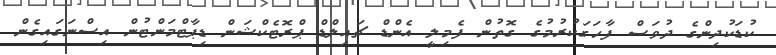
ކުޑަކުދިންގެ ދުވަސް ފާހަގަކުރުމުގެ ގޮތުން ފެމިލީ އެންޑް ޗައިލްޑް ޕްރޮޓެކްޝަން ޑިޕާޓްމަންޓުން އިސްނަގައިގެން